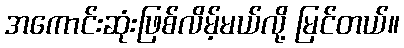
အကောင်းဆုံးဖြစ်လိမ့်မယ်လို့ မြင်တယ်။